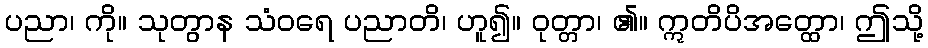
ပညာ၊ ကို။ သုတွာန သံဝရေ ပညာတိ၊ ဟူ၍။ ဝုတ္တာ၊ ၏။ ဣတိပိအတ္ထော၊ ဤသို့